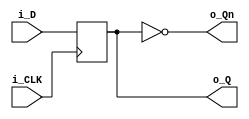
module ttl7474 (
  input i_D,
  output o_Q,
  output o_Qn,
  input i_CLK
  );

  assign o_Qn = ~o_Q;
  always @ ( posedge i_CLK ) begin
    o_Q <= i_D;
  end

endmodule